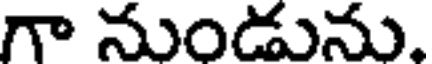
గా నుండును,